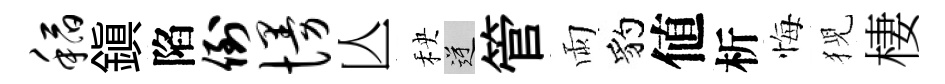
稻鎭陷倒慢亾秧逆管雨豹値析悔猊棲